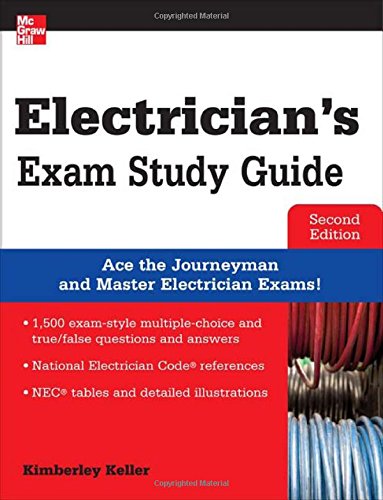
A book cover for Electrician's Exam Study Guide 2/E; Kimberley Keller; Test Preparation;